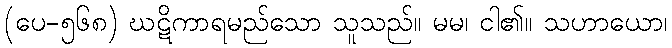
(ပေ-၅၆၈) ဃဋိကာရမည်သော သူသည်။ မမ၊ ငါ၏။ သဟာယော၊